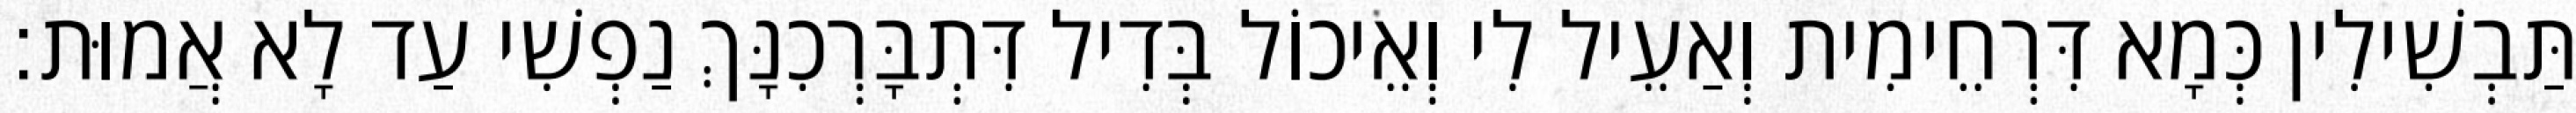
תַּבְשִׁילִין כְּמָא דִּרְחֵימִית וְאַעֵיל לִי וְאֵיכוֹל בְּדִיל דִּתְבָּרְכִנָּךְ נַפְשִׁי עַד לָא אֲמוּת׃